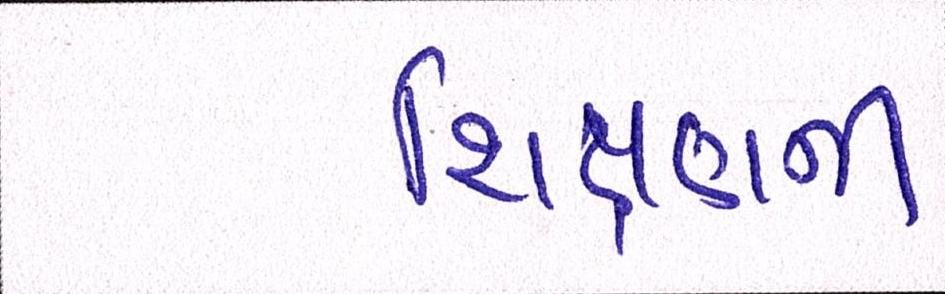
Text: શિક્ષણની